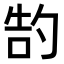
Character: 𫧂